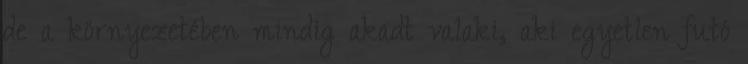
de a környezetében mindig akadt valaki, aki egyetlen futó